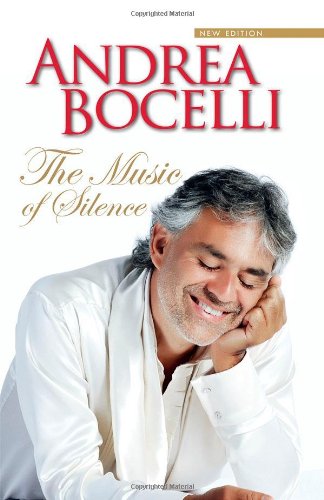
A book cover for The Music of Silence - New Edition; Andrea Bocelli; Biographies & Memoirs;